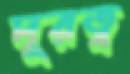
দূরত্ব